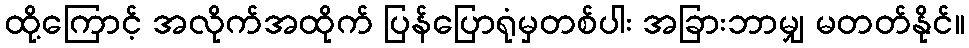
ထို့ကြောင့် အလိုက်အထိုက် ပြန်ပြောရုံမှတစ်ပါး အခြားဘာမျှ မတတ်နိုင်။